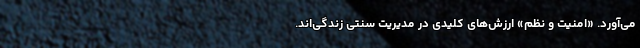
می‌آورد. «امنیت و نظم» ارزش‌های کلیدی در مدیریتِ سنتیِ زندگی‌اند.